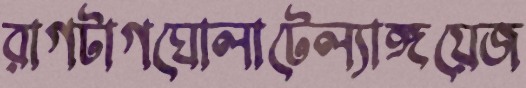
রাগটাগঘোলাটেল্যাঙ্গয়েজ